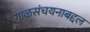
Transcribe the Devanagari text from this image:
गाळसंचयनाबद्दल